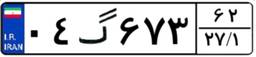
۲۱گ۳۵۱۷۰